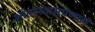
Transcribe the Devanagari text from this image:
आंतरश्वासप्रणाल